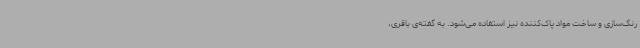
رنگ‌سازی و ساخت مواد پاک‌کننده نیز استفاده می‌شود. به گفته‌ی باقری،